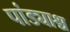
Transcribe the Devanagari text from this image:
पांड्याश्च